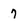
Character: 7